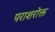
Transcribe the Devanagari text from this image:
पराशरोक्त